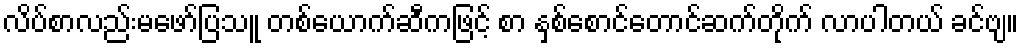
လိပ်စာလည်းမဖော်ပြသူ တစ်ယောက်ဆီကဖြင့် စာ နှစ်စောင်တောင်ဆက်တိုက် လာပါတယ် ခင်ဗျ။